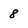
Character: 8